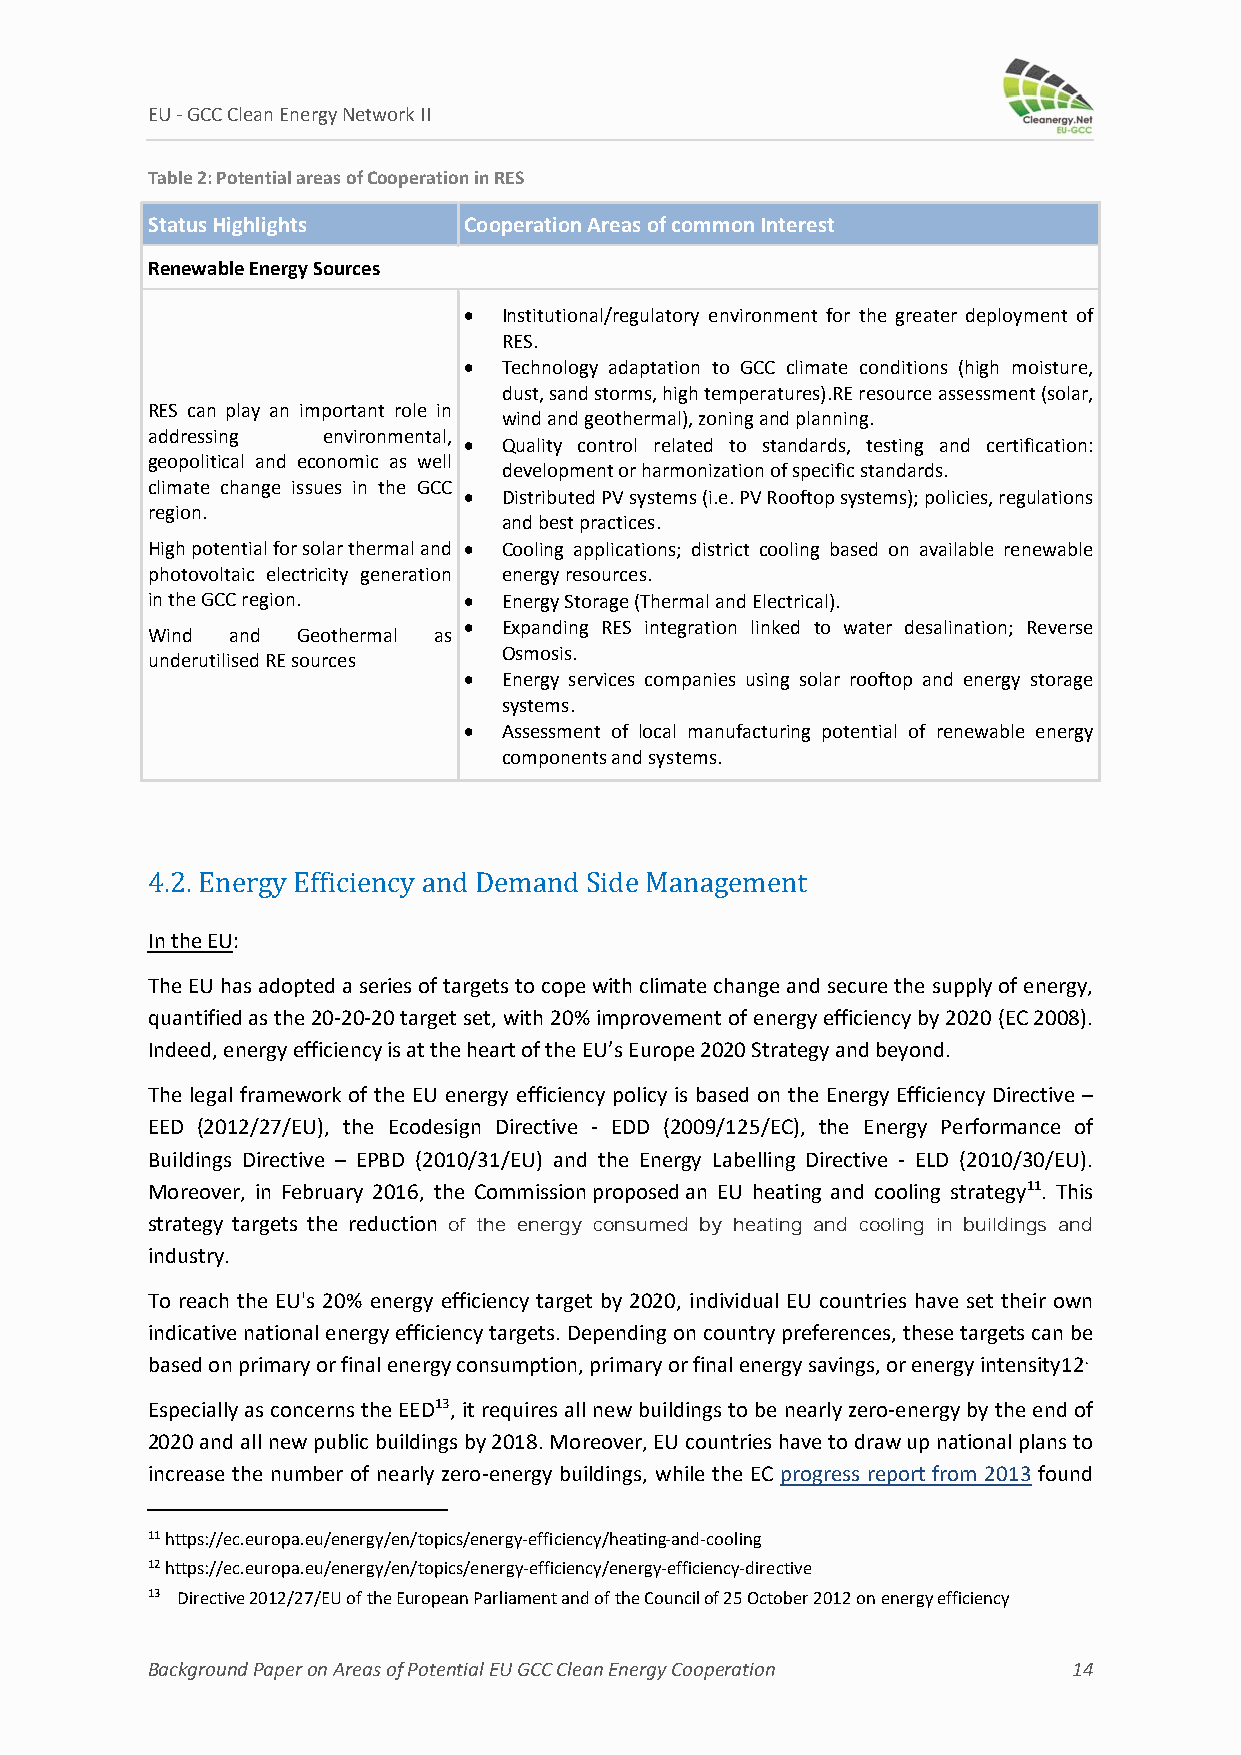
EU ‐ GCC Clean Energy Network II
 Table 2: Potential areas of Cooperation in RES
 Status Highlights    Cooperation Areas of common Interest
 Renewable Energy Sources
  Institutional/regulatory environment for the greater deployment of
 RES.
  Technology adaptation to GCC climate conditions (high moisture,
 dust, sand storms, high temperatures).RE resource assessment (solar,
 RES can play an important role in
 wind and geothermal), zoning and planning.
 addressing environmental,
  Quality control related to standards, testing and certification:
 geopolitical and economic as well
 development or harmonization of specific standards.
 climate change issues in the GCC
  Distributed PV systems (i.e. PV Rooftop systems); policies, regulations
 region.
 and best practices.
 High potential for solar thermal and  Cooling applications; district cooling based on available renewable
 photovoltaic electricity generation energy resources.
 in the GCC region.    Energy Storage (Thermal and Electrical).
  Expanding RES integration linked to water desalination; Reverse
 Wind and  Geothermal as
 Osmosis.
 underutilised RE sources
  Energy services companies using solar rooftop and energy storage
 systems.
  Assessment of local manufacturing potential of renewable energy
 components and systems.
 4.2. Energy Efficiency and Demand Side Management
 In the EU:
 The EU has adopted a series of targets to cope with climate change and secure the supply of energy,
 quantified as the 20‐20‐20 target set, with 20% improvement of energy efficiency by 2020 (EC 2008).
 Indeed, energy efficiency is at the heart of the EU’s Europe 2020 Strategy and beyond.
 The legal framework of the EU energy efficiency policy is based on the Energy Efficiency Directive –
 EED (2012/27/EU), the Ecodesign Directive ‐ EDD (2009/125/EC), the Energy Performance of
 Buildings Directive – EPBD (2010/31/EU) and the Energy Labelling Directive ‐ ELD (2010/30/EU).
 Moreover, in February 2016, the Commission proposed an EU heating and cooling strategy11. This
 strategy targets the reduction of the energy consumed by heating and cooling in buildings and
 industry.
 To reach the EU's 20% energy efficiency target by 2020, individual EU countries have set their own
 indicative national energy efficiency targets. Depending on country preferences, these targets can be
 based on primary or final energy consumption, primary or final energy savings, or energy intensity12.
 Especially as concerns the EED13, it requires all new buildings to be nearly zero‐energy by the end of
 2020 and all new public buildings by 2018. Moreover, EU countries have to draw up national plans to
 increase the number of nearly zero‐energy buildings, while the EC progress report from 2013 found
 11 https://ec.europa.eu/energy/en/topics/energy‐efficiency/heating‐and‐cooling
 12 https://ec.europa.eu/energy/en/topics/energy‐efficiency/energy‐efficiency‐directive
 13 Directive 2012/27/EU of the European Parliament and of the Council of 25 October 2012 on energy efficiency
 Background Paper on Areas of Potential EU GCC Clean Energy Cooperation 14